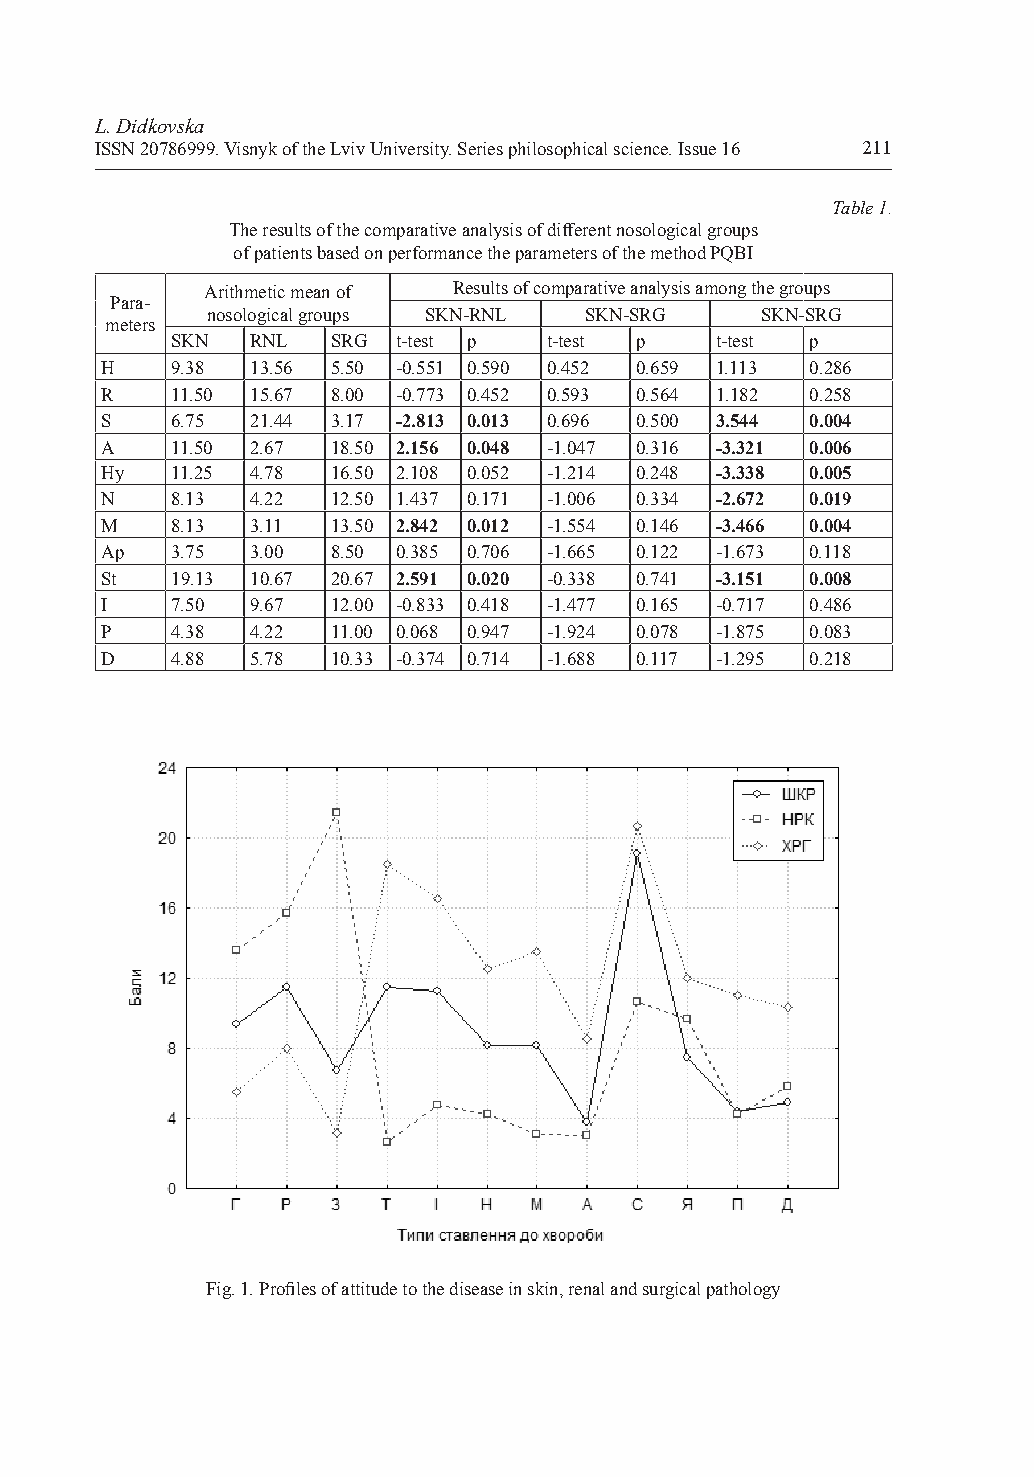
L. Didkovska
 ISSN 20786999. Vis��k o� the L�i� U�i�e�sit�. Se�ies philosophical scie�ce. Issue 16 211
 Table 1.
 The �esults o� the co�pa�ati�e a�al�sis o� �i��e�e�t �osolo�ical ��oups
 o� patie�ts �ase� o� pe��o��a�ce the pa�a�ete�s o� the �etho� PQBI
 A�ith�etic �ea� o� Results o� co�pa�ati�e a�al�sis a�o�� the ��oups
 Para-
 �osolo�ical ��oups SKN-RNL SKN-SRG  SKN-SRG
 �ete�s
 SKN   RNL  SRG t-test р  t-test р   t-test р
 H   9.38  13.56 5.50 -0.551 0.590 0.452 0.659 1.113 0.286
 R   11.50 15.67 8.00 �0.773 0.452 0.593 0.564 1.182 0.258
 S   6.75  21.44 3.17 -2.813 0.013 0.696 0.500 3.544 0.004
 A   11.50 2.67 18.50 2.156 0.048 �1.047 0.316 -3.321 0.006
 H�  11.25 4.78 16.50 2.108 0.052 -1.214 0.248 -3.338 0.005
 N   8.13  4.22 12.50 1.437 0.171 -1.006 0.334 -2.672 0.019
 М   8.13  3.11 13.50 2.842 0.012 -1.554 0.146 -3.466 0.004
 Аp  3.75  3.00 8.50 0.385 0.706 -1.665 0.122 �1.673 0.118
 St  19.13 10.67 20.67 2.591 0.020 -0.338 0.741 -3.151 0.008
 I   7.50  9.67 12.00 -0.833 0.418 �1.477 0.165 �0.717 0.486
 P   4.38  4.22 11.00 0.068 0.947 �1.924 0.078 �1.875 0.083
 D   4.88  5.78 10.33 �0.374 0.714 -1.688 0.117 �1.295 0.218
 Fi�. 1. P�ofiles o� attitu�e to the �isease i� ski�, �e�al a�� su��ical patholo��